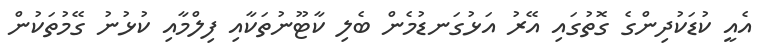
އެއީ ކުޑަކުދިންގެ ގޮތުގައި އޭރު އަޅުގަނޑުމެން ބެލި ކާޓޫނުތަކާއި ފިލްމާއި ކުޅުނު ގޭމުތަކުން